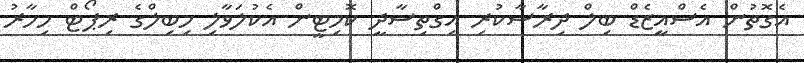
އެގޮތުން އެސްއީޒެޑް ބިލް ދިރާސާކުރި އިގްތިސާދީ ކޮމިޓީން އެކުލަވާލި މިބިލްގެ ރިޕޯޓް މިހާރު